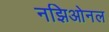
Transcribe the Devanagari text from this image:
नझिओनल